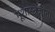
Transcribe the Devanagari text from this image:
भूशास्त्रज्ञांना